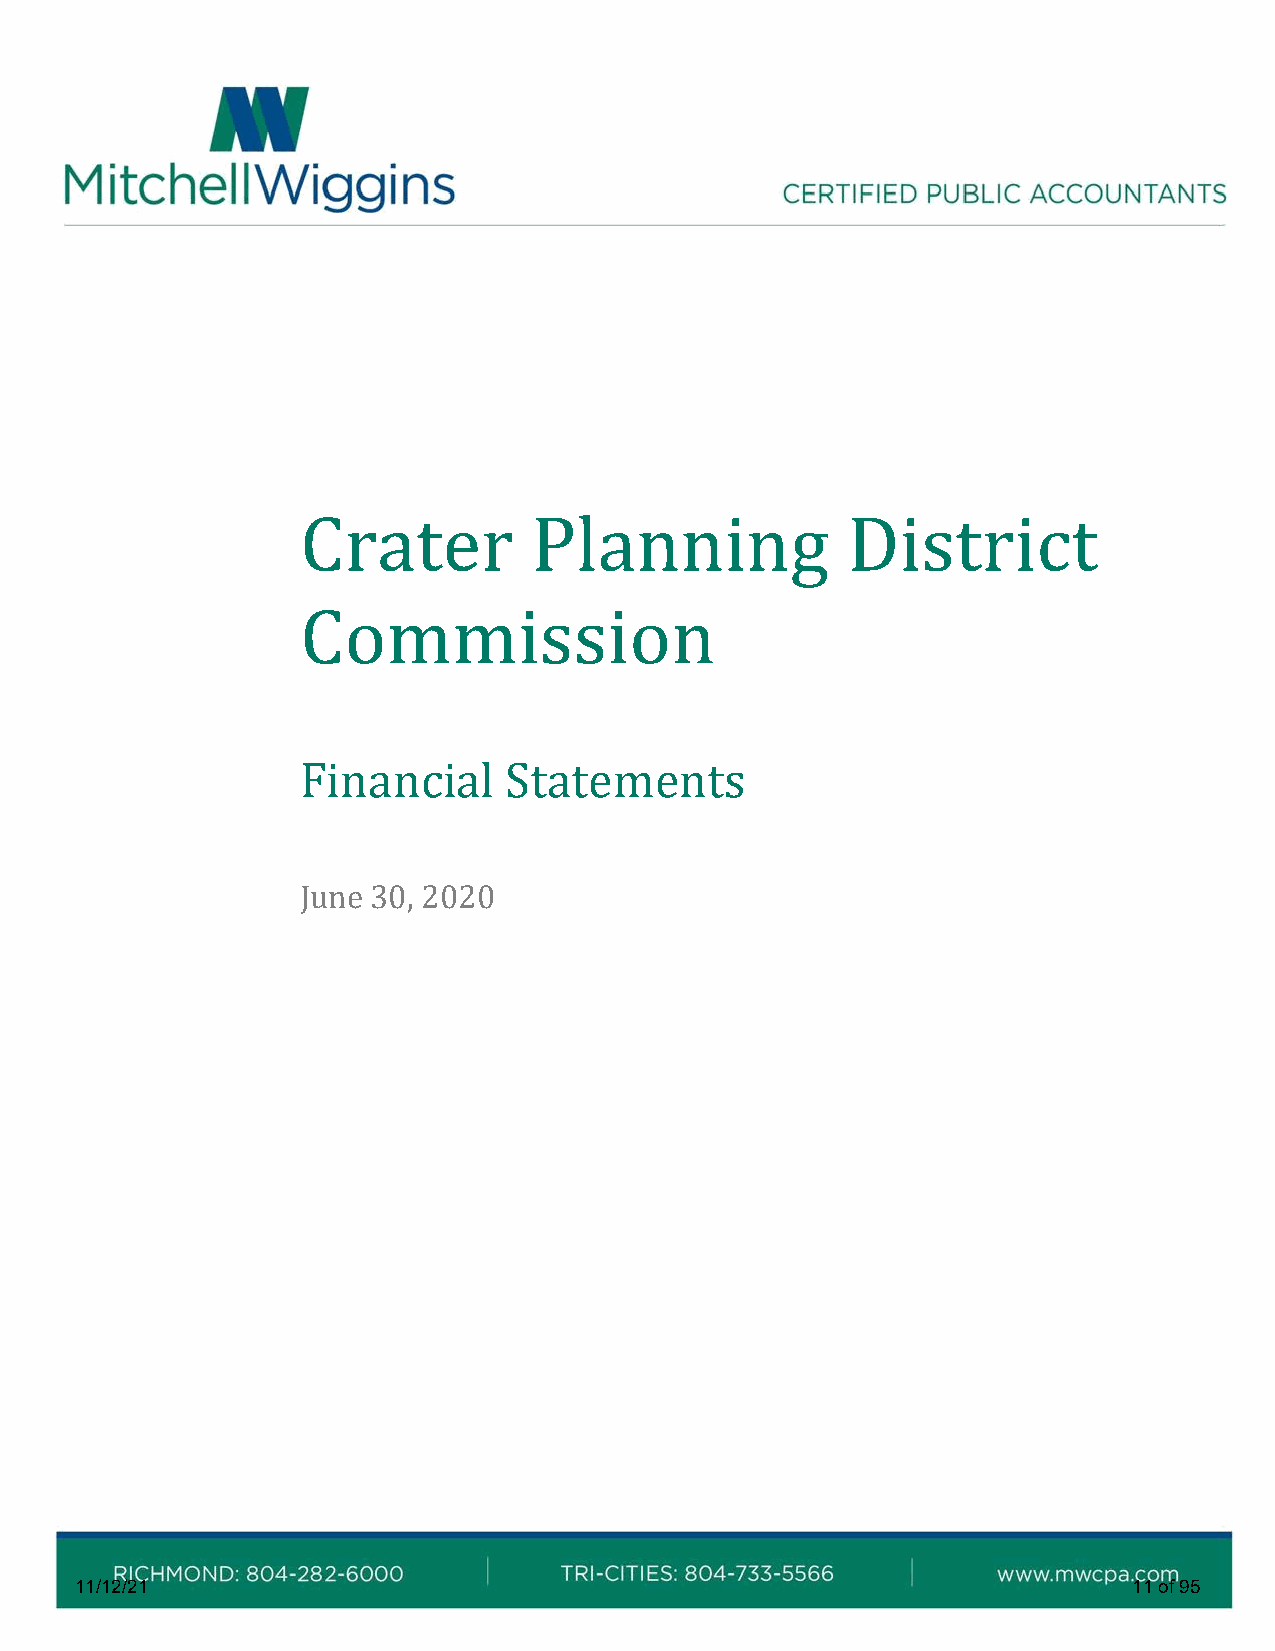
Crater         Planning             District
 Commission
 Financial    Statements
 June 30, 2020
 11/12/21                                                              11 of 95